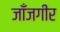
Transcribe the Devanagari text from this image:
जाँजगीर